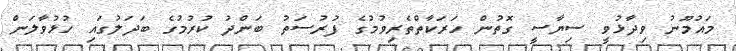
މައުމޫނު ވިދާޅުވީ ސިޔާސީ ގޮތުން ހަރަކާތްތެރިވުމުގެ ފުރުސަތު ބަންދު ކުރުމުގެ ބަދަލުގައި ހުޅުވާލަން